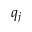
q _ { j }